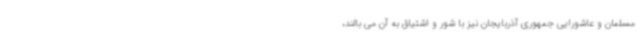
مسلمان و عاشورایی جمهوری آذربایجان نیز با شور و اشتیاق به آن می بالند،